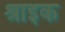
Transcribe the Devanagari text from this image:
श्राइक